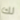
لك